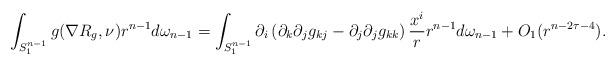
LaTeX: \begin{align*}\int_{S^{n-1}_1}g(\nabla R_g,\nu)r^{n-1}d\omega_{n-1}&=\int_{S^{n-1}_1}\partial_i\left(\partial_k\partial_jg_{kj} - \partial_j\partial_jg_{kk}\right)\frac{x^i}{r}r^{n-1}d\omega_{n-1} + O_1(r^{n-2\tau-4}).\end{align*}